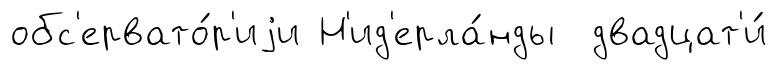
обс'ервато́р'иjи Н'ид'ерла́нды двадцат'и́